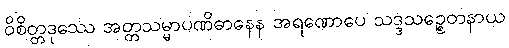
ဝိစိတ္တဒုဿေ အတ္တသမ္မာပဏိဓာနေန အရဏောပေ သဒ္ဒသဉ္စေတနာယ